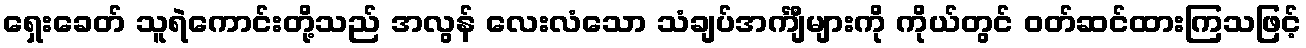
ရှေးခေတ် သူရဲကောင်းတို့သည် အလွန် လေးလံသော သံချပ်အင်္ကျီများကို ကိုယ်တွင် ဝတ်ဆင်ထားကြသဖြင့်